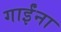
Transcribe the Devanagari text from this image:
गाईंना